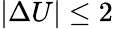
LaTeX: \left|\Delta U\right|\leq 2